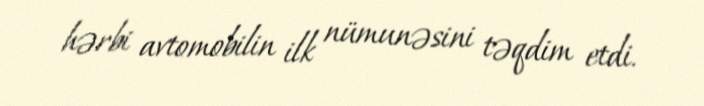
hərbi avtomobilin ilk nümunəsini təqdim etdi.